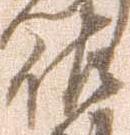
佐